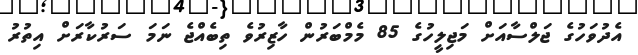
އެދުވަހުގެ ޖަލްސާއަށް މަޖިލީހުގެ 85 މެމްބަރުން ހާޒިރުވެ ތިބެއްޖެ ނަމަ ސަރުކާރަށް އިތުރު